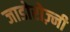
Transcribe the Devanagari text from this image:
जाडोरोज़्नी